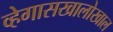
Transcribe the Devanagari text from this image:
व्हेगासखालोखाल